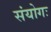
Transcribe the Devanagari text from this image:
संयोगः